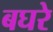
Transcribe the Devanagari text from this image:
बघरे